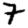
Digit: 7